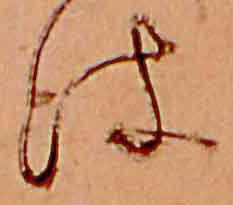
は